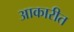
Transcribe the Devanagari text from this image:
आकारीत